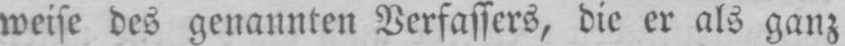
weise des genannten Verfassers, die er als ganz